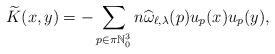
LaTeX: \begin{align*} \widetilde K(x,y) = -\sum_{p\in \pi \mathbb{N}_0^3} n \widehat \omega_{\ell,\lambda}(p) u_p(x) u_p(y), \end{align*}